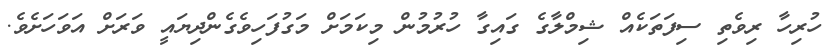
ހުރިހާ ރިވެތި ސިފަތަކެއް ޝިމްލާގެ ގައިގާ ހުރުމުން މިކަމަށް މަގުފަހިވެގެންދިޔައީ ވަރަށް އަވަހަށެވެ.